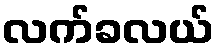
လက်ခလယ်